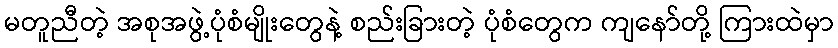
မတူညီတဲ့ အစုအဖွဲ့ပုံစံမျိုးတွေနဲ့ စည်းခြားတဲ့ ပုံစံတွေက ကျနော်တို့ ကြားထဲမှာ